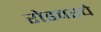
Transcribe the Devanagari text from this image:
रोडवरचे